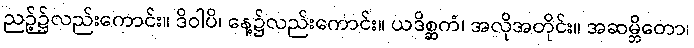
ညဉ့်၌လည်းကောင်း။ ဒိဝါပိ၊ နေ့၌လည်းကောင်း။ ယဒိစ္ဆကံ၊ အလိုအတိုင်း။ အဆမ္ဘိတော၊